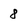
Character: 8